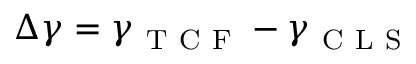
\Delta \gamma = \gamma _ { \mathrm { ~ T ~ C ~ F ~ } } - \gamma _ { \mathrm { ~ C ~ L ~ S ~ } }